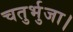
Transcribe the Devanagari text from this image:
चतुर्भुजा।